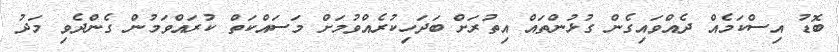
ބޮޑު އިސްކަމެއް ދެއްވައިގެން ގުޅުންތައް އިތުރަށް ބަދަހިކުރެއްވުމަށް މަސައްކަތް ކުރައްވަމުން ގެންދެވި މަދު